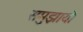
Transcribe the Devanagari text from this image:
समुझायो